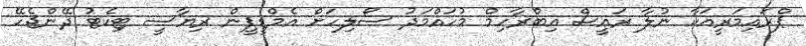
ޕްރައިމަރީއަކާ ނުލާ ރައީސް އިބްރާހިމް މުހައްމަދު ސޯލިހަށް އެމްޑީޕީން ރިޔާސީ ޓިކެޓު ދޭންޖެހޭ